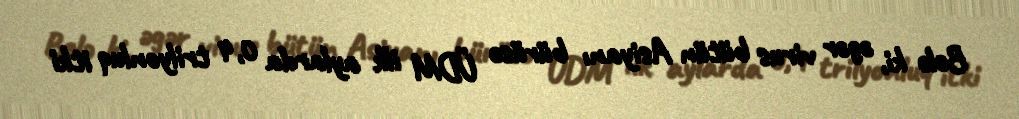
Belə ki, əgər virus bütün Asiyanı bürüsə ÜDM ilk aylarda 0,4 trilyonluq itki